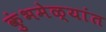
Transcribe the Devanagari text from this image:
कुंभमेळ्यांत